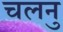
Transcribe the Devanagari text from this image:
चलनु